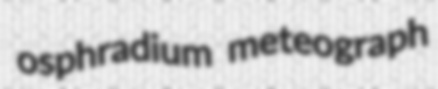
osphradium meteograph